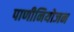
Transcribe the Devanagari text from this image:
पाणीनियोजन